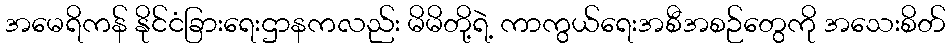
အမေရိကန် နိုင်ငံခြားရေးဌာနကလည်း မိမိတို့ရဲ့ ကာကွယ်ရေးအစီအစဉ်တွေကို အသေးစိတ်